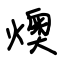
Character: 燠